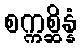
စက္ကစ္ဆိန္နံ